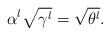
LaTeX: \begin{align*}\alpha^l \sqrt{\gamma^l} = \sqrt{\theta^l}.\end{align*}